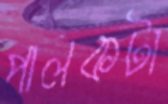
পালকটা